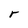
Character: r